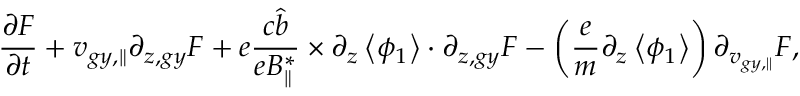
\frac { \partial F } { \partial t } + { v } _ { g y , \parallel } \partial _ { z , g y } F + e \frac { c \hat { b } } { e B _ { \parallel } ^ { * } } \times \partial _ { z } \left< \phi _ { 1 } \right> \boldsymbol { \cdot } \partial _ { z , g y } F - \left( \frac { e } { m } \partial _ { z } \left< \phi _ { 1 } \right> \right) \partial _ { v _ { g y , \parallel } } F ,